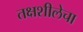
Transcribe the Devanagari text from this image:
तक्षशीलेचा